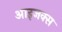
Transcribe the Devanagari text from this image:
आइजक्स